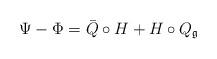
LaTeX: \begin{align*} \Psi-\Phi=\Bar Q \circ H+H\circ Q_{\mathfrak{g}}\end{align*}